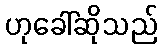
ဟုခေါ်ဆိုသည်